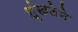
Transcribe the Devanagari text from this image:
शृंखलेने